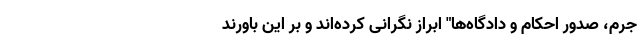
جرم، صدور احکام و دادگاه‌ها" ابراز نگرانی کرده‌اند و بر این باورند